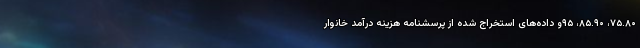
۷۵.۸۰، ۸۵.۹۰، ۹۵و داده‌های استخراج شده از پرسشنامه هزینه درآمد خانوار